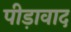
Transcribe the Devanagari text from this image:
पीड़ावाद